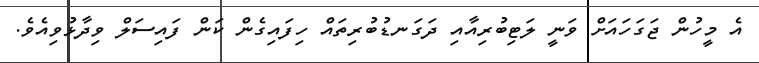
އެ މީހުން ޖަގަހައަށް ވަނީ ލަޓިބުރިއާއި ދަގަނޑުބުރިތައް ހިފައިގެން ކަން ފައިސަލް ވިދާޅުވިއެވެ.